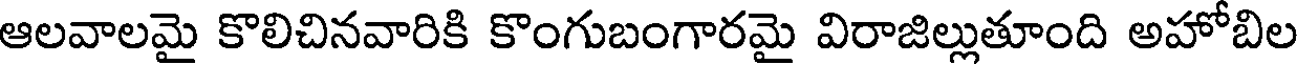
ఆలవాలమై కొలిచినవారికి కొంగుబంగారమై విరాజిల్లుతూంది అహోబిల